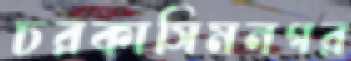
চরকাসিমনগর